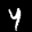
Label: 4